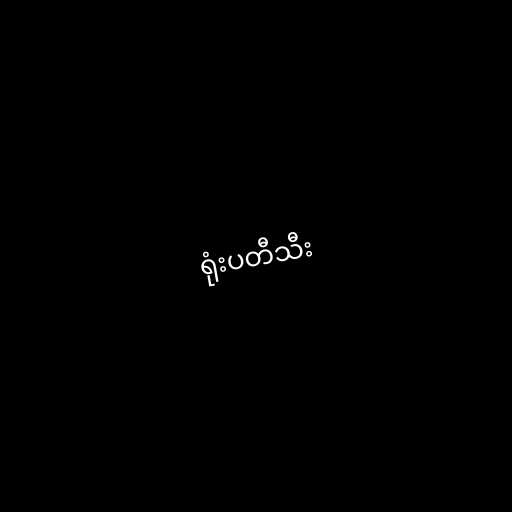
ရုံးပတီသီး